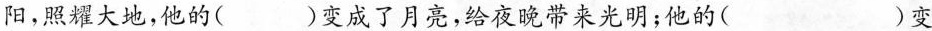
阳，照耀大地，他的( )变成了月亮，给夜晚带来光明；他的( )变